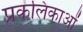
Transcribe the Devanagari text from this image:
प्रकलिकाओं